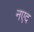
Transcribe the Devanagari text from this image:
नएद